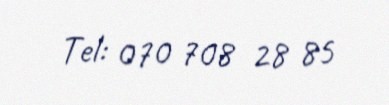
Tel: 070 708 28 85